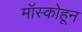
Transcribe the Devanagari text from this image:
मॉस्कोहून